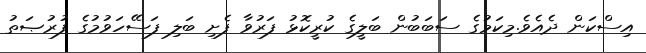
އިސްކަން ދެއެވެ.މިކަމުގެ ސަބަބުން ބަލީގެ ކުރީކޮޅު ފަރުވާ ފެށި ބަލި ފަސޭހަވުމުގެ ފުރުޞަތު